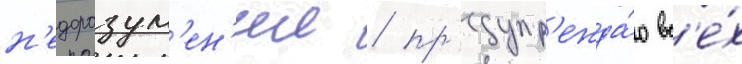
н'едоразум'ен'ии / пр'едупр'ежда́ю вс'е́х